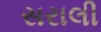
સરાલી